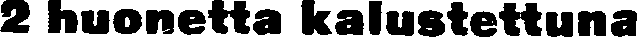
2 huonetta kalustettuna